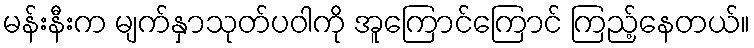
မန်းနီးက မျက်နှာသုတ်ပဝါကို အူကြောင်ကြောင် ကြည့်နေတယ်။